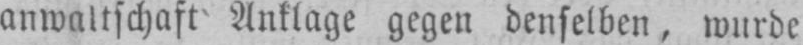
anwaltschaft Anklage gegen denselben, wurde